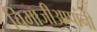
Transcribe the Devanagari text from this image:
चिमाजीअप्पांनी